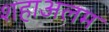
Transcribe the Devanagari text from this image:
शहाअलम